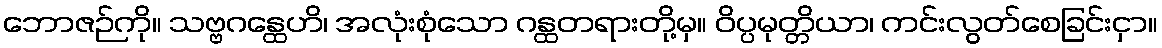
ဘောဇဉ်ကို။ သဗ္ဗဂန္ထေဟိ၊ အလုံးစုံသော ဂန္ထတရားတို့မှ။ ဝိပ္ပမုတ္တိယာ၊ ကင်းလွတ်စေခြင်းငှာ။